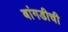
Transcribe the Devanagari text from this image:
बांगडीची